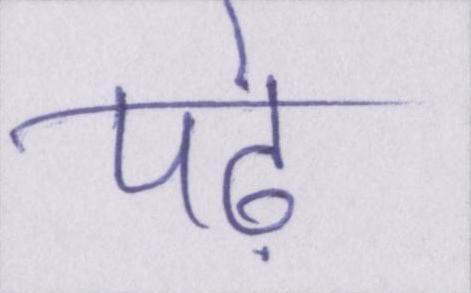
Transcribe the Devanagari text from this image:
पढ़े